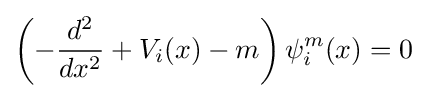
\left(-{\frac {d^{2}}{dx^{2}}}+V_{i}(x)-m\right)\psi _{i}^{m}(x)=0